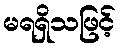
မရရှိသဖြင့်